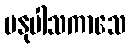
ပနုပါသကာသေ